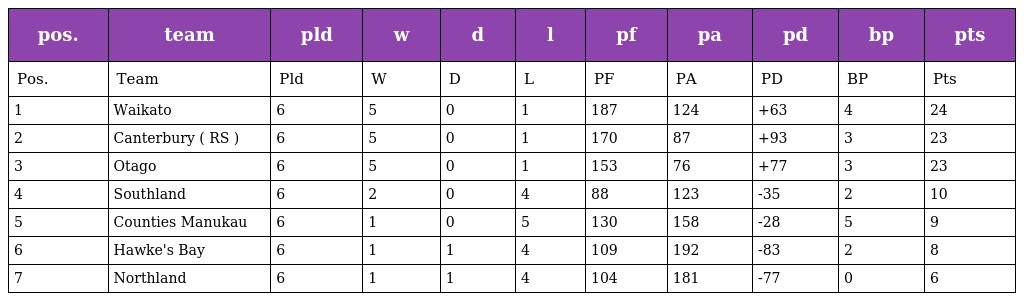
| pos. | team | pld | w | d | l | pf | pa | pd | bp | pts |
 | --- | --- | --- | --- | --- | --- | --- | --- | --- | --- | --- |
 | Pos. | Team | Pld | W | D | L | PF | PA | PD | BP | Pts |
 | 1 | Waikato | 6 | 5 | 0 | 1 | 187 | 124 | +63 | 4 | 24 |
 | 2 | Canterbury ( RS ) | 6 | 5 | 0 | 1 | 170 | 87 | +93 | 3 | 23 |
 | 3 | Otago | 6 | 5 | 0 | 1 | 153 | 76 | +77 | 3 | 23 |
 | 4 | Southland | 6 | 2 | 0 | 4 | 88 | 123 | -35 | 2 | 10 |
 | 5 | Counties Manukau | 6 | 1 | 0 | 5 | 130 | 158 | -28 | 5 | 9 |
 | 6 | Hawke's Bay | 6 | 1 | 1 | 4 | 109 | 192 | -83 | 2 | 8 |
 | 7 | Northland | 6 | 1 | 1 | 4 | 104 | 181 | -77 | 0 | 6 |